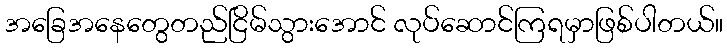
အခြေအနေတွေတည်ငြိမ်သွားအောင် လုပ်ဆောင်ကြရမှာဖြစ်ပါတယ်။